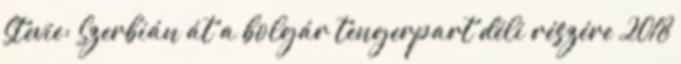
Stevie: Szerbián át a bolgár tengerpart déli részére 2018